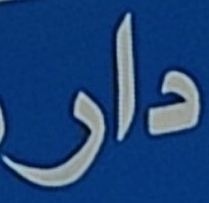
دار